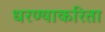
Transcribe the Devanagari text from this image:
धरण्याकरिता